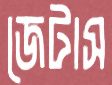
জেটাস